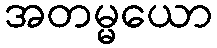
အတမ္မယော